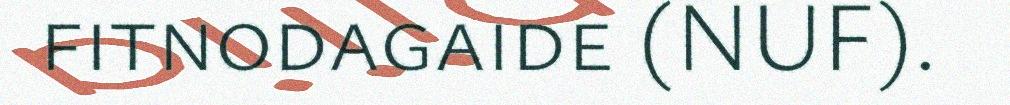
fitnodagaide (NUF).